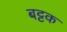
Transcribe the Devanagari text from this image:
बट्टक